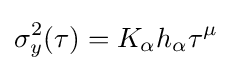
\sigma _{y}^{2}(\tau )=K_{\alpha }h_{\alpha }\tau ^{\mu }